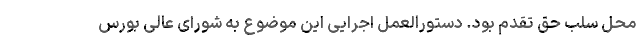
محل سلب حق تقدم بود. دستورالعمل اجرایی این موضوع به شورای عالی بورس